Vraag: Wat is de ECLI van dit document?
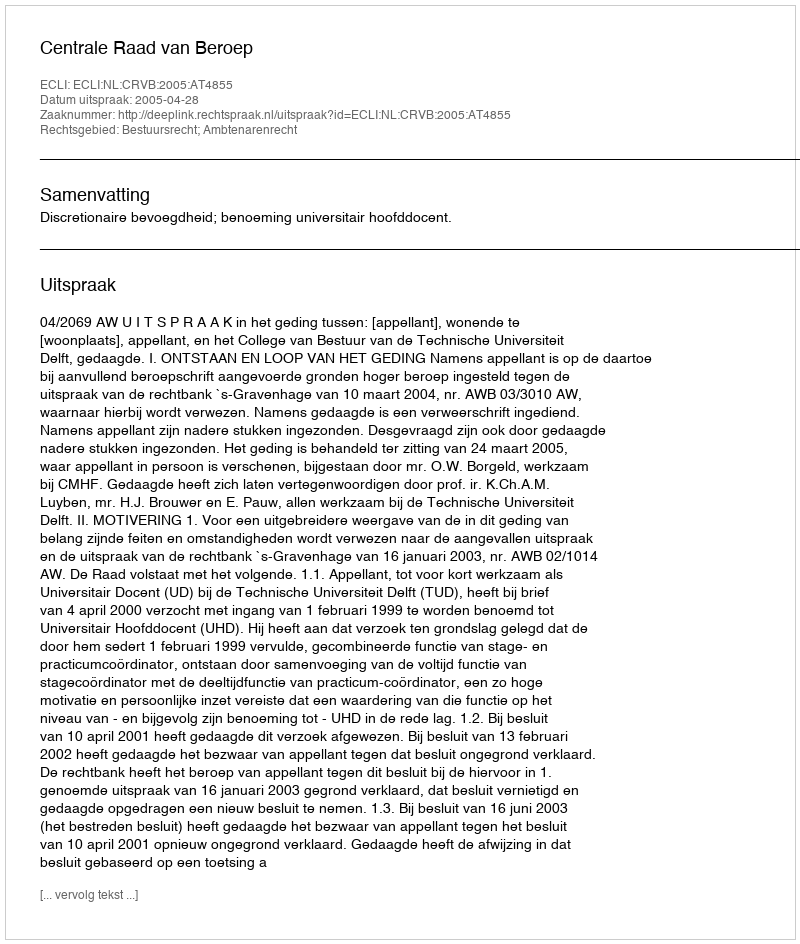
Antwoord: ECLI:NL:CRVB:2005:AT4855